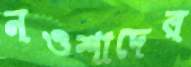
নওশাদের